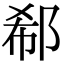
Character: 郗